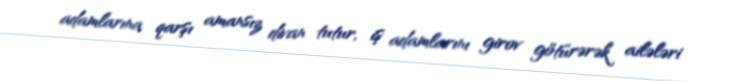
adamlarına qarşı amansız divan tutur, iş adamlarını girov götürərək ailələri